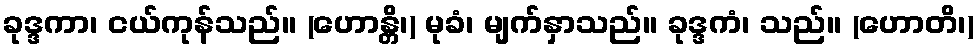
ခုဒ္ဒကာ၊ ငယ်ကုန်သည်။ (ဟောန္တိ၊) မုခံ၊ မျက်နှာသည်။ ခုဒ္ဒကံ၊ သည်။ (ဟောတိ၊)